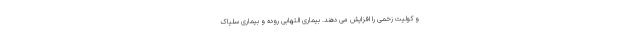
و کولیت زخمی را افزایش می دهند. بیماری التهابی روده و بیماری سلیاک